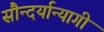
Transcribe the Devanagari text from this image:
सौन्दर्यान्यागी